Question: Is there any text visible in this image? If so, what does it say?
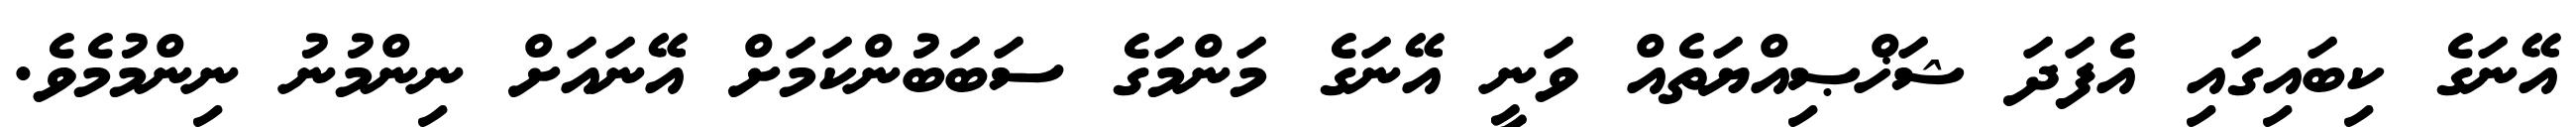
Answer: އޭނަގެ ކިބައިގައި އެފަދަ ޝަޚްޞިއްޔަތެއް ވަނީ އޭނަގެ މަންމަގެ ސަބަބުންކަމަށް އޭނައަށް ނިންމުނު ނިންމުމެވެ.